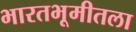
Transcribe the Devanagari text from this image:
भारतभूमीतला